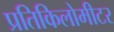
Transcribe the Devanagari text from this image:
प्रतिकिलोमीटर